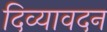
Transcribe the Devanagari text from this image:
दिव्‍यावदन